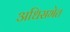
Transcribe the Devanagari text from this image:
अधिसभेत